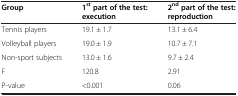
<table><thead><tr><td><b>Group</b></td><td><b>1<sup>st </sup>part of the test: execution</b></td><td><b>2<sup>nd </sup>part of the test: reproduction</b></td></tr></thead><tbody><tr><td>Tennis players</td><td>19.1 ± 1.7</td><td>13.1 ± 6.4</td></tr><tr><td>Volleyball players</td><td>19.0 ± 1.9</td><td>10.7 ± 7.1</td></tr><tr><td>Non-sport subjects</td><td>13.0 ± 1.6</td><td>9.7 ± 2.4</td></tr><tr><td>F</td><td>120.8</td><td>2.91</td></tr><tr><td>P-value</td><td>&lt;0.001</td><td>0.06</td></tr></tbody></table>